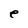
Character: e